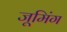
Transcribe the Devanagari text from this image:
जूमिंग